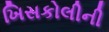
ખિસકોલીની